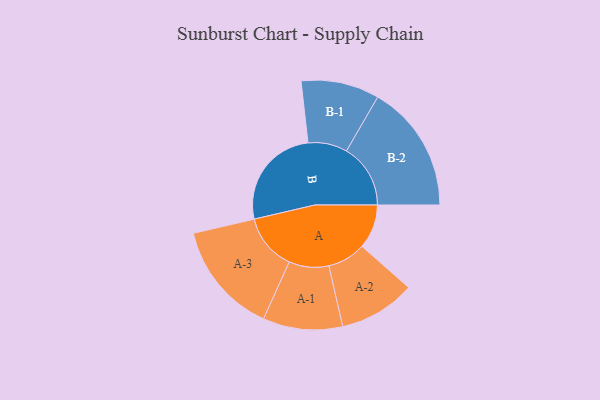
{"axis": {"x": "Segment", "y": "Value"}, "legend": ["", "A", "B"], "data": [{"x": "A", "y": 199, "type": ""}, {"x": "B", "y": 465, "type": ""}, {"x": "A-1", "y": 179, "type": "A"}, {"x": "A-2", "y": 172, "type": "A"}, {"x": "A-3", "y": 253, "type": "A"}, {"x": "B-1", "y": 176, "type": "B"}, {"x": "B-2", "y": 288, "type": "B"}]}